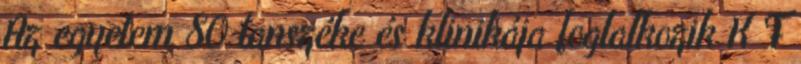
Az egyetem 80 tanszéke és klinikája foglalkozik K F